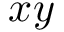
x y